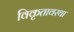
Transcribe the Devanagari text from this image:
विकृतावस्था